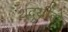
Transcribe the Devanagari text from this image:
थंदुयीसे